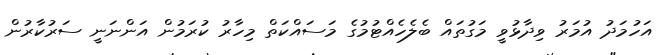
އަހުމަދު އުމަރު ވިދާޅުވީ މަގުތައް ބެލެހެއްޓުމުގެ މަސައްކަތް މިހާރު ކުރަމުން އަންނަނީ ސަރުކާރުން